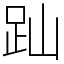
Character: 䟖